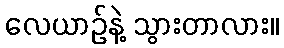
လေယာဉ်နဲ့ သွားတာလား။